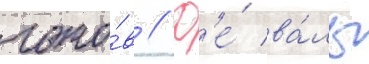
гото́в // Д'е́ ва́ль